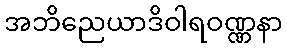
အဘိညေယာဒိဝါရဝဏ္ဏနာ